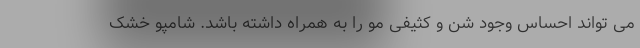
می تواند احساس وجود شن و کثیفی مو را به همراه داشته باشد. شامپو خشک